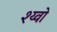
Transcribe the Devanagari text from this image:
श्य्वो